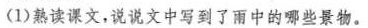
(1)熟读课文，说说文中写到了雨中的哪些景物。